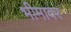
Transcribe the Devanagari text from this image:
भीमावर